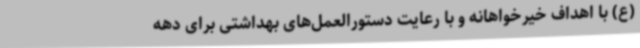
(ع) با اهداف خیرخواهانه و با رعایت دستورالعمل‌های بهداشتی برای دهه